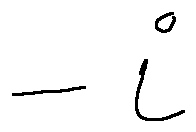
- i